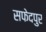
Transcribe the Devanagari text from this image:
सफेदपुर